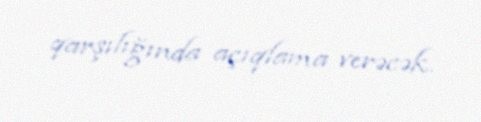
qarşılığında açıqlama verəcək.